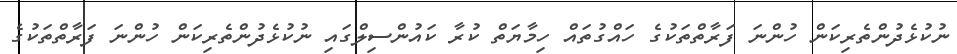
ނުކުޅެދުންތެރިކަން ހުންނަ ފަރާތްތަކުގެ ހައްގުތައް ހިމާޔަތް ކުރާ ކައުންސިލްގައި ނުކުޅެދުންތެރިކަން ހުންނަ ފަރާތްތަކުގެ